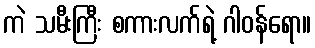
ကဲ သမီးကြီး စကားလက်ရဲ့ ဂါဝန်ရော။